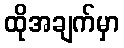
ထိုအချက်မှာ